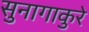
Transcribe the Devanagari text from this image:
सुनागाकुरे